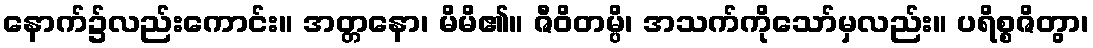
နောက်၌လည်းကောင်း။ အတ္တနော၊ မိမိ၏။ ဇီဝိတမ္ပိ၊ အသက်ကိုသော်မှလည်း။ ပရိစ္စဇိတွာ၊